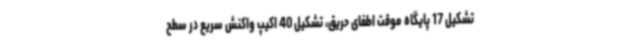
تشکیل 17 پایگاه موقت اطفای حریق، تشکیل 40 اکیپ واکنش سریع در سطح